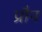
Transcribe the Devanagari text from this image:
प्रौन